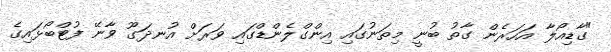
"ގާޑިއޯލާ އަހަރެން ގާތު ބުނީ މިތަނުގައި އިންގްލެންޑްގައި ވަރަށް އުނދަގޫ ވާނޭ ފުޓްބޯޅައިގެ